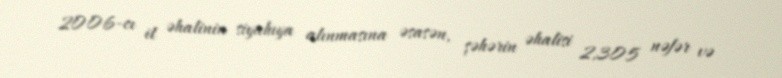
2006-cı il əhalinin siyahıya alınmasına əsasən, şəhərin əhalisi 2,305 nəfər və